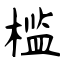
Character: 槛